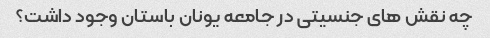
چه نقش های جنسیتی در جامعه یونان باستان وجود داشت؟